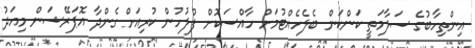
އިންތިހާބުގެ ސަލާމަތީ ކަންކަން ބެލެހެއްޓުމަށް ހާއްސަކޮށް ފުލުހުން ކުރިއަށް ގެންދާ އޮޕަރޭޝަން މިއަދު